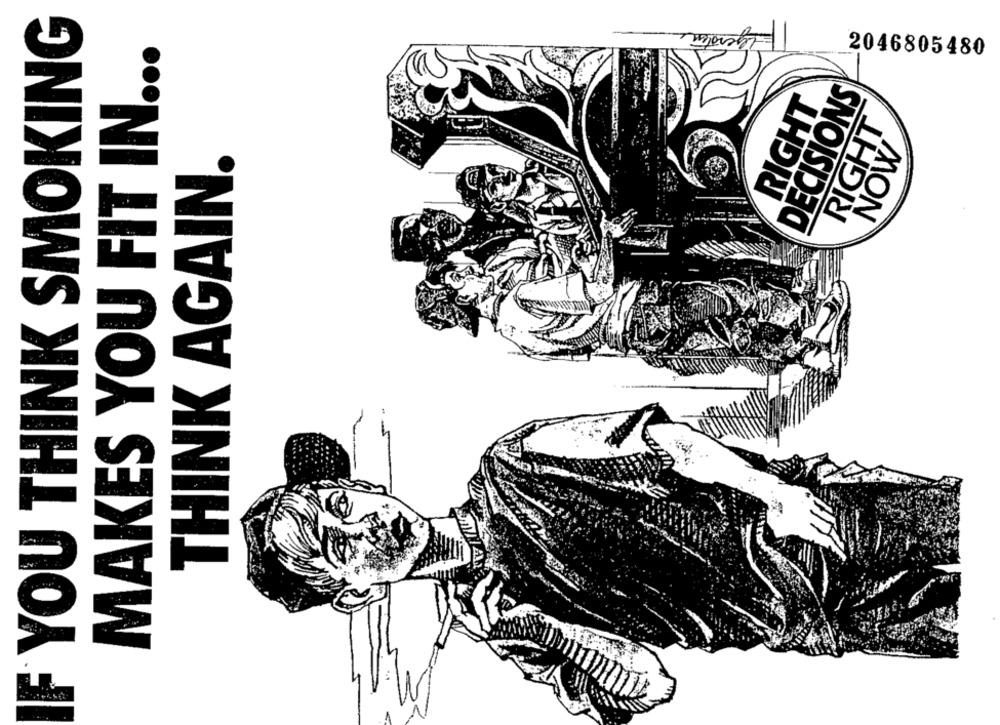
IF YOU THINK SMOKING
MAKES YOU FIT IN ...
2046805480
DECISIONS
RIGHT
RIGHT
THINK AGAIN.
NOW